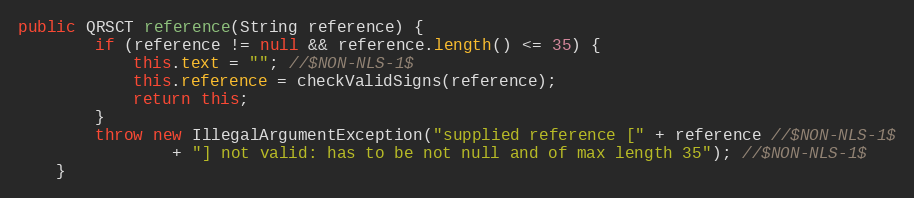
Language: Java
public QRSCT reference(String reference) {
		if (reference != null && reference.length() <= 35) {
			this.text = ""; //$NON-NLS-1$
			this.reference = checkValidSigns(reference);
			return this;
		}
		throw new IllegalArgumentException("supplied reference [" + reference //$NON-NLS-1$
				+ "] not valid: has to be not null and of max length 35"); //$NON-NLS-1$
	}